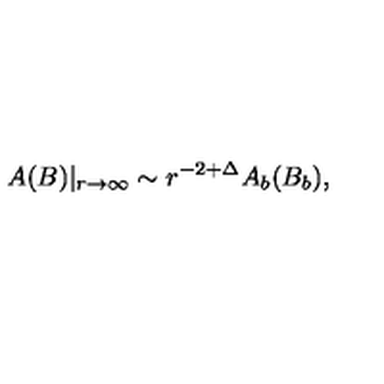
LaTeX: A ( B ) | _ { r \to \infty } \sim r ^ { - 2 + \Delta } A _ { b } ( B _ { b } ) ,